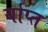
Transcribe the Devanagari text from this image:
र्याप्त